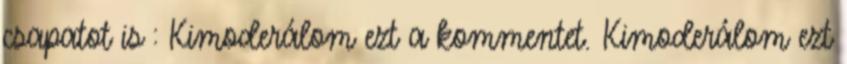
csapatot is : Kimoderálom ezt a kommentet. Kimoderálom ezt